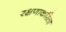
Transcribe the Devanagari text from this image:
रक्षणाकरिता